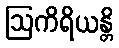
ဩကိရိယန္တိ